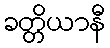
ခတ္တိယာနီ